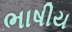
ભાષીય